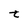
Character: t